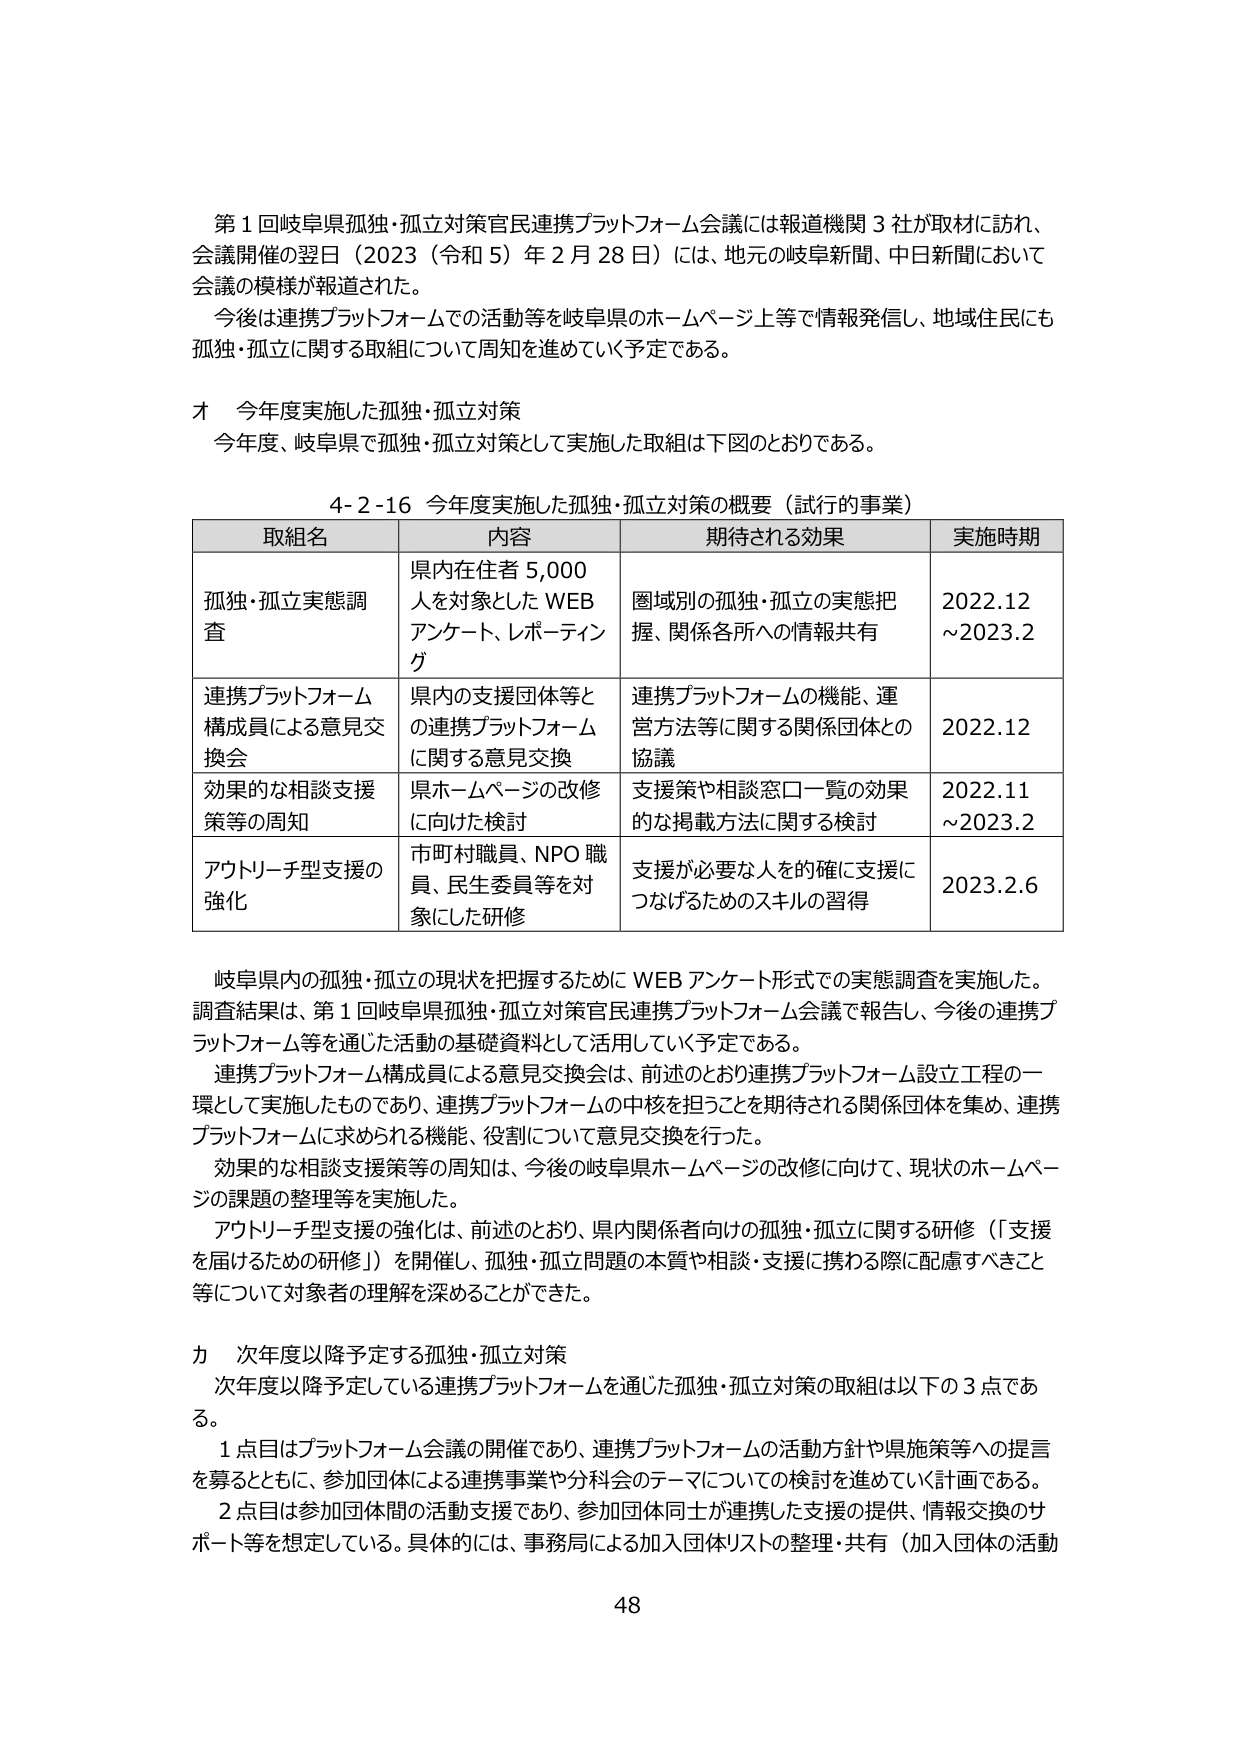
第１回岐阜県孤独・孤立対策官民連携プラットフォーム会議には報道機関３社が取材に訪れ、
会議開催の翌日（2023（令和５）年２月28日）には、地元の岐阜新聞、中日新聞において
会議の模様が報道された。
今後は連携プラットフォームでの活動等を岐阜県のホームページ上等で情報発信し、地域住民にも
孤独・孤立に関する取組について周知を進めていく予定である。

オ 今年度実施した孤独・孤立対策
今年度、岐阜県で孤独・孤立対策として実施した取組は下図のとおりである。

4-2-16 今年度実施した孤独・孤立対策の概要（試行的事業）

| 取組名 | 内容 | 期待される効果 | 実施時期 |
|---|---|---|---|
| 孤独・孤立実態調査 | 県内在住者5,000人を対象としたWEBアンケート、レポーティング | 圏域別の孤独・孤立の実態把握、関係各所への情報共有 | 2022.12～2023.2 |
| 連携プラットフォーム構成員による意見交換会 | 県内の支援団体等との連携プラットフォームに関する意見交換 | 連携プラットフォームの機能、運営方法等に関する関係団体との協議 | 2022.12 |
| 効果的な相談支援策等の周知 | 県ホームページの改修に向けた検討 | 支援策や相談窓口一覧の効果的な掲載方法に関する検討 | 2022.11～2023.2 |
| アウトリーチ型支援の強化 | 市町村職員、NPO職員、民生委員等を対象にした研修 | 支援が必要な人を的確に支援につなげるためのスキルの習得 | 2023.2.6 |

岐阜県内の孤独・孤立の現状を把握するためにWEBアンケート形式での実態調査を実施した。
調査結果は、第１回岐阜県孤独・孤立対策官民連携プラットフォーム会議で報告し、今後の連携プラットフォーム等を通じた活動の基礎資料として活用していく予定である。
連携プラットフォーム構成員による意見交換会は、前述のとおり連携プラットフォーム設立工程の一環として実施したものであり、連携プラットフォームの中核を担うことを期待される関係団体を集め、連携プラットフォームに求められる機能、役割について意見交換を行った。
効果的な相談支援策等の周知は、今後の岐阜県ホームページの改修に向けて、現状のホームページの課題の整理等を実施した。
アウトリーチ型支援の強化は、前述のとおり、県内関係者向けの孤独・孤立に関する研修（「支援を届けるための研修」）を開催し、孤独・孤立問題の本質や相談・支援に携わる際に配慮すべきこと等について対象者の理解を深めることができた。

カ 次年度以降予定する孤独・孤立対策
次年度以降予定している連携プラットフォームを通じた孤独・孤立対策の取組は以下の３点である。
１点目はプラットフォーム会議の開催であり、連携プラットフォームの活動方針や県施策等への提言を募るとともに、参加団体による連携事業や分科会のテーマについての検討を進めていく計画である。
２点目は参加団体間の活動支援であり、参加団体同士が連携した支援の提供、情報交換のサポート等を想定している。具体的には、事務局による加入団体リストの整理・共有（加入団体の活動

48